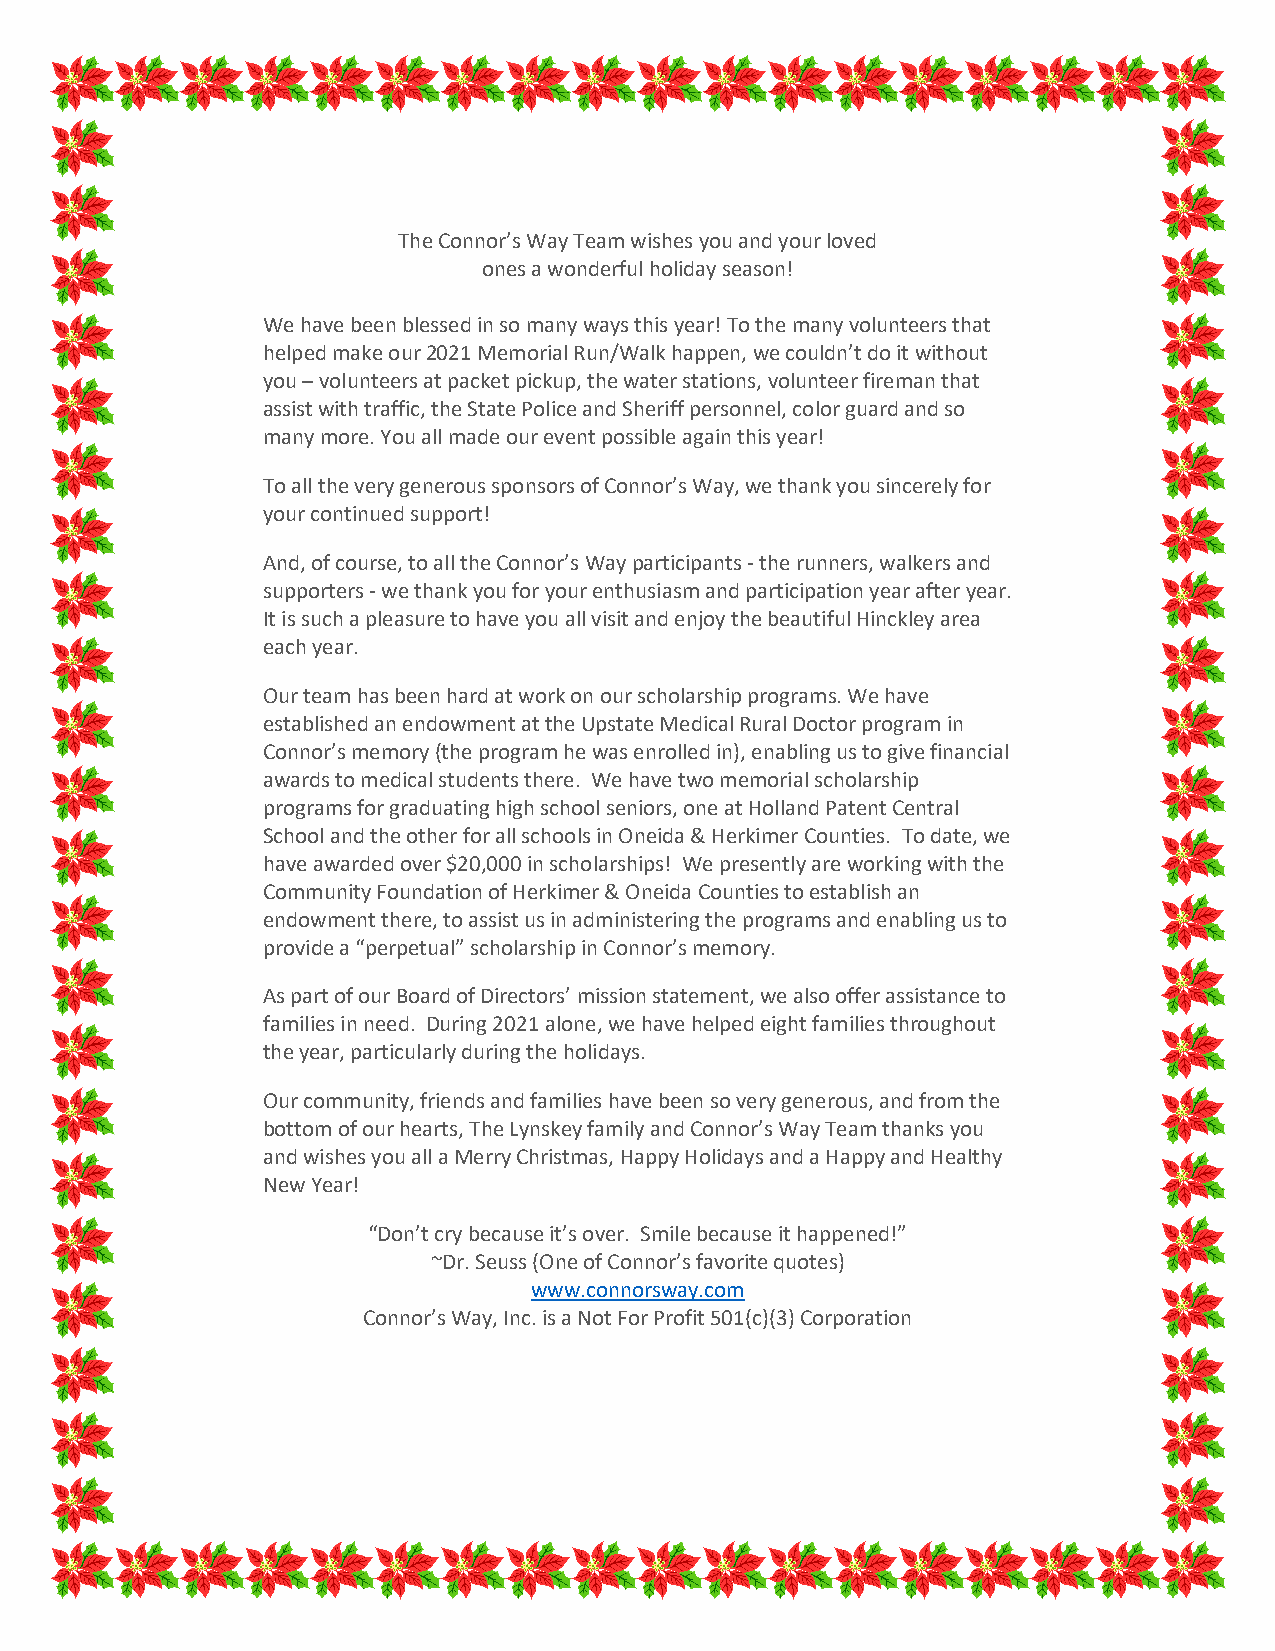
The Connor’s Way Team wishes you and your loved
 ones a wonderful holiday season!
 We have been blessed in so many ways this year! To the many volunteers that
 helped make our 2021 Memorial Run/Walk happen, we couldn’t do it without
 you – volunteers at packet pickup, the water stations, volunteer fireman that
 assist with traffic, the State Police and Sheriff personnel, color guard and so
 many more. You all made our event possible again this year!
 To all the very generous sponsors of Connor’s Way, we thank you sincerely for
 your continued support!
 And, of course, to all the Connor’s Way participants - the runners, walkers and
 supporters - we thank you for your enthusiasm and participation year after year.
 It is such a pleasure to have you all visit and enjoy the beautiful Hinckley area
 each year.
 Our team has been hard at work on our scholarship programs. We have
 established an endowment at the Upstate Medical Rural Doctor program in
 Connor’s memory (the program he was enrolled in), enabling us to give financial
 awards to medical students there. We have two memorial scholarship
 programs for graduating high school seniors, one at Holland Patent Central
 School and the other for all schools in Oneida & Herkimer Counties. To date, we
 have awarded over $20,000 in scholarships! We presently are working with the
 Community Foundation of Herkimer & Oneida Counties to establish an
 endowment there, to assist us in administering the programs and enabling us to
 provide a “perpetual” scholarship in Connor’s memory.
 As part of our Board of Directors’ mission statement, we also offer assistance to
 families in need. During 2021 alone, we have helped eight families throughout
 the year, particularly during the holidays.
 Our community, friends and families have been so very generous, and from the
 bottom of our hearts, The Lynskey family and Connor’s Way Team thanks you
 and wishes you all a Merry Christmas, Happy Holidays and a Happy and Healthy
 New Year!
 “Don’t cry because it’s over. Smile because it happened!”
 ~Dr. Seuss (One of Connor’s favorite quotes)
 www.connorsway.com
 Connor’s Way, Inc. is a Not For Profit 501(c)(3) Corporation